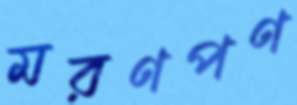
মরণপণ